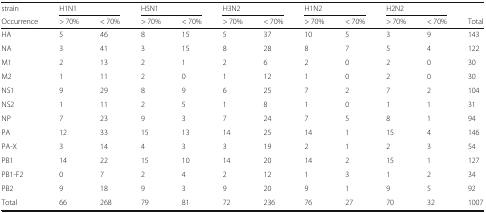
| strain | <COLSPAN=2> H1N1 | <COLSPAN=2> H5N1 | <COLSPAN=2> H3N2 | <COLSPAN=2> H1N2 | <COLSPAN=2> H2N2 |  |
 | Occurrence | > 70% | < 70% | > 70% | < 70% | > 70% | < 70% | > 70% | < 70% | > 70% | < 70% | Total |
 | --- | --- | --- | --- | --- | --- | --- | --- | --- | --- | --- | --- |
 | HA | 5 | 46 | 8 | 15 | 5 | 37 | 10 | 5 | 3 | 9 | 143 |
 | NA | 3 | 41 | 3 | 15 | 8 | 28 | 8 | 7 | 5 | 4 | 122 |
 | M1 | 2 | 13 | 2 | 1 | 2 | 6 | 2 | 0 | 2 | 0 | 30 |
 | M2 | 1 | 11 | 2 | 0 | 1 | 12 | 1 | 0 | 2 | 0 | 30 |
 | NS1 | 9 | 29 | 8 | 9 | 6 | 25 | 7 | 2 | 7 | 2 | 104 |
 | NS2 | 1 | 11 | 2 | 5 | 1 | 8 | 1 | 0 | 1 | 1 | 31 |
 | NP | 7 | 23 | 9 | 3 | 7 | 24 | 7 | 5 | 8 | 1 | 94 |
 | PA | 12 | 33 | 15 | 13 | 14 | 25 | 14 | 1 | 15 | 4 | 146 |
 | PA-X | 3 | 14 | 4 | 3 | 3 | 19 | 2 | 1 | 2 | 3 | 54 |
 | PB1 | 14 | 22 | 15 | 10 | 14 | 20 | 14 | 2 | 15 | 1 | 127 |
 | PB1-F2 | 0 | 7 | 2 | 4 | 2 | 12 | 1 | 3 | 1 | 2 | 34 |
 | PB2 | 9 | 18 | 9 | 3 | 9 | 20 | 9 | 1 | 9 | 5 | 92 |
 | Total | 66 | 268 | 79 | 81 | 72 | 236 | 76 | 27 | 70 | 32 | 1007 |